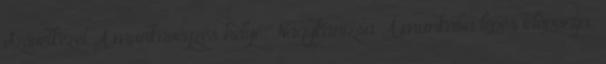
Szövetkezet A munkavégzés helye: Nagykanizsa A munkába lépés időpontja: